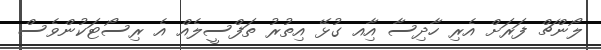
ލޯންޗް ފަރަށް އެރި ހާދިސާ އާިއ ގުޅޭ އިތުރު ތަފްސީލެއް އެ ރިސޯޓަކުންވެސް